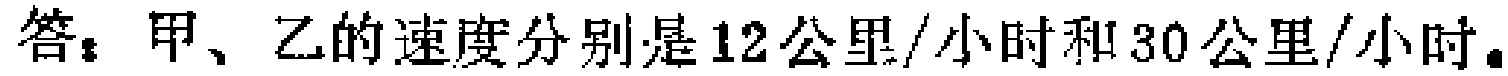
答：甲、乙的速度分别是12公里/小时和30公里/小时。